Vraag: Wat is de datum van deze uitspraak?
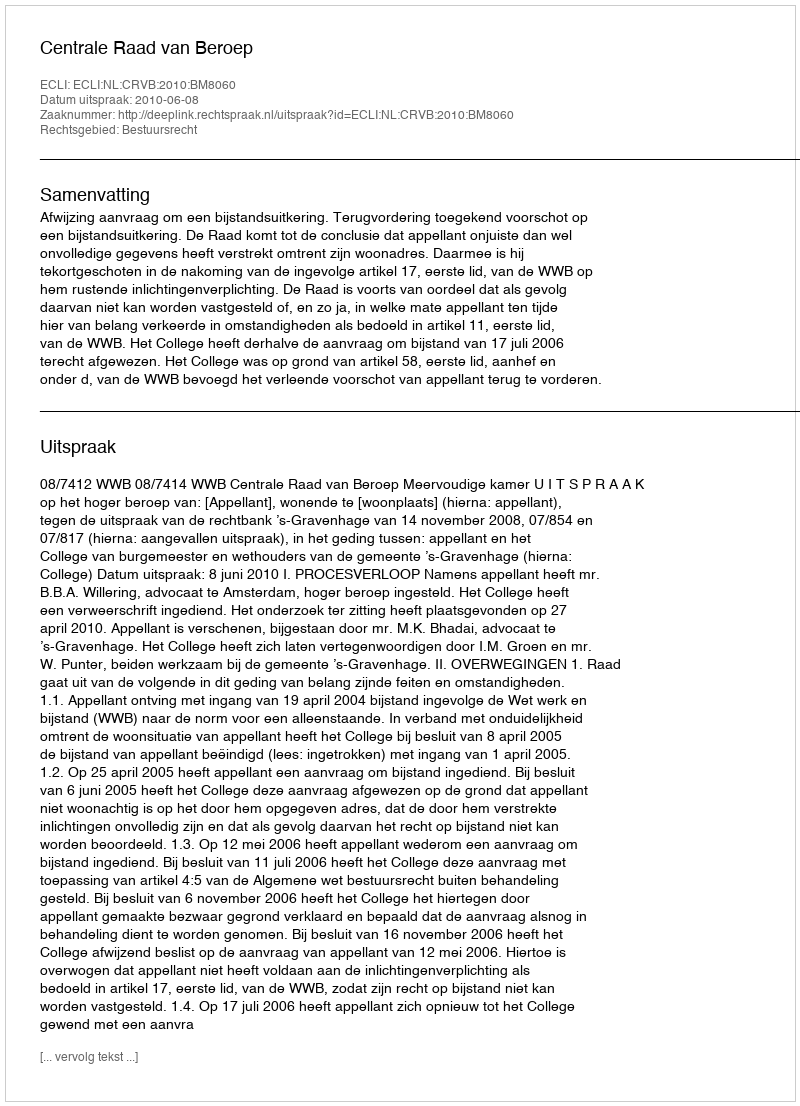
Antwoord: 2010-06-08